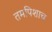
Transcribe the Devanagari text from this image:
तमपिशाच